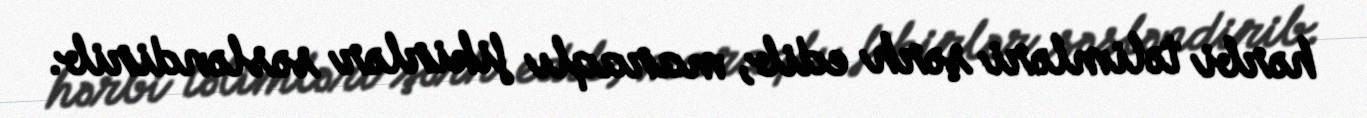
hərbi təlimləri şərh edib, maraqlı fikirlər səsləndirib.